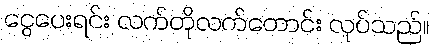
ငွေပေးရင်း လက်တိုလက်တောင်း လုပ်သည်။